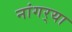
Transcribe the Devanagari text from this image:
नांगर्‍या